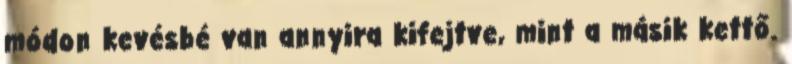
módon kevésbé van annyira kifejtve, mint a másik kettő.